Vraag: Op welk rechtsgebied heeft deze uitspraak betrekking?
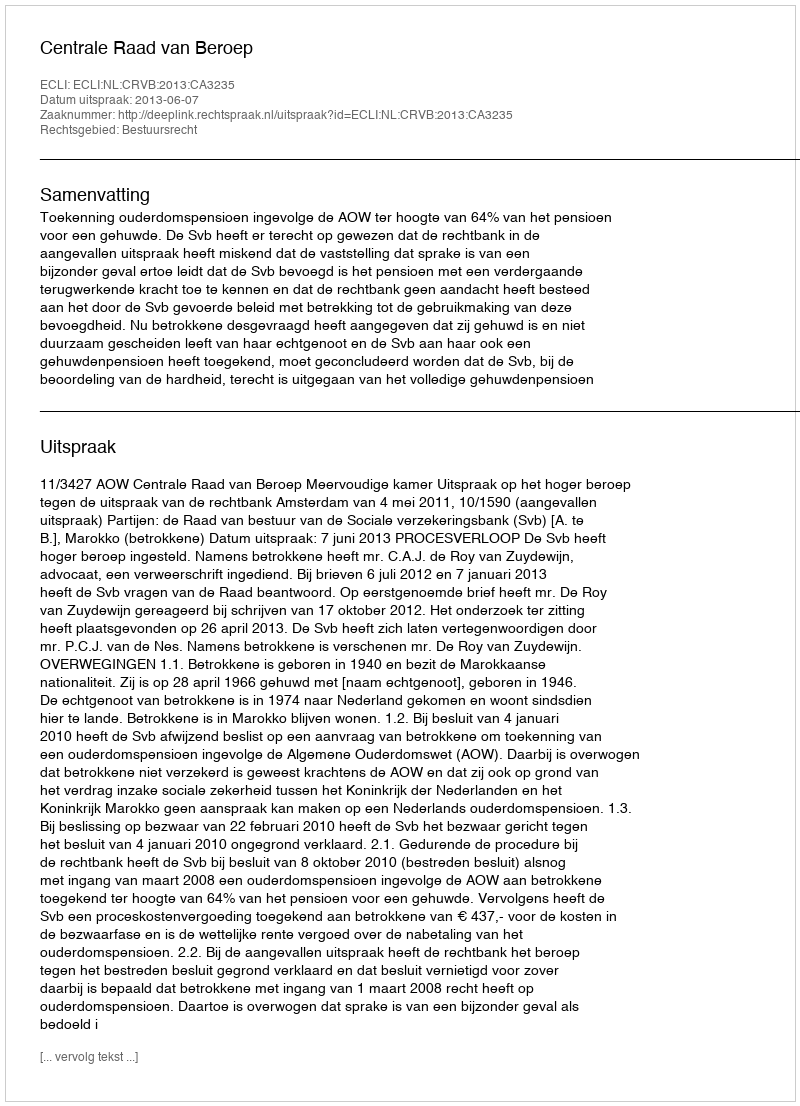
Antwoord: Bestuursrecht